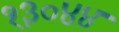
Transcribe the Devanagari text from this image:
१३०४४